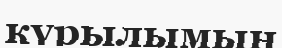
күрылымын